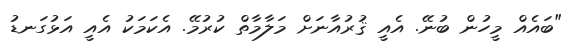
"ބައެއް މީހުން ބުނޭ. އެއީ ޤުރުއާނަށް މަލާމާތް ކުރުމޭ. އެކަމަކު އެއީ އަޅުގަނޑު